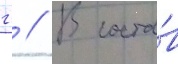
гг // В соста́в